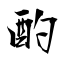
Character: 酌